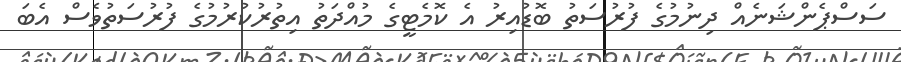
ސަސްޕެންޝަނެއް ދިނުމުގެ ފުރުސަތު ބޮޑުއިރު އެ ކޮމެޓީގެ މުއްދަތު އިތުރުކުރުމުގެ ފުރުސަތުވެސް އެބަ